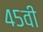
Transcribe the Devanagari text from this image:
४५वी